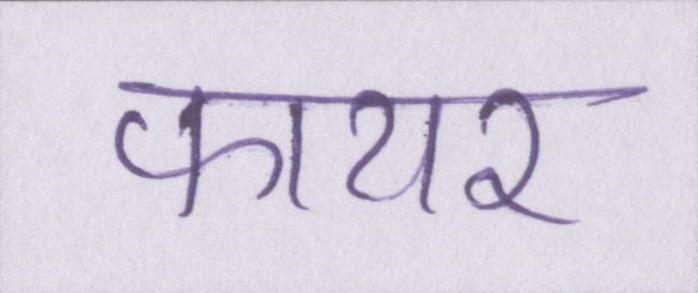
फायर